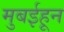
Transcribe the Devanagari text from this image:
मुबईहून